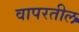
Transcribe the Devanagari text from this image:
वापरतील